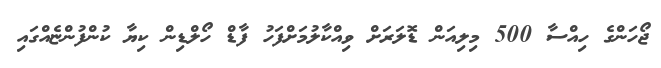
ޖޯހަންގެ ހިއްސާ 500 މިލިއަން ޑޮލަރަށް ވިއްކާލުމަށްފަހު ފާޑް ހޯލްޑިން ކިޔާ ކުންފުންޏެއްގައި